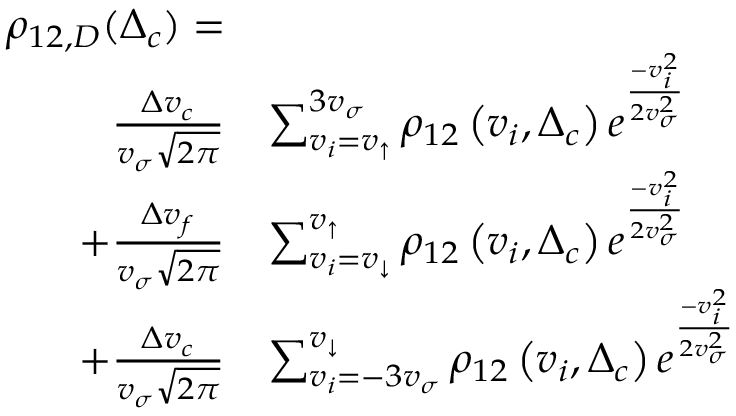
\begin{array} { r l } { \rho _ { 1 2 , D } ( \Delta _ { c } ) = } & { } \\ { ~ \frac { \Delta v _ { c } } { v _ { \sigma } \sqrt { 2 \pi } } } & { \sum _ { v _ { i } = v _ { \uparrow } } ^ { 3 v _ { \sigma } } \rho _ { 1 2 } \left( v _ { i } , \Delta _ { c } \right) e ^ { \frac { - v _ { i } ^ { 2 } } { 2 v _ { \sigma } ^ { 2 } } } } \\ { + \frac { \Delta v _ { f } } { v _ { \sigma } \sqrt { 2 \pi } } } & { \sum _ { v _ { i } = v _ { \downarrow } } ^ { v _ { \uparrow } } \rho _ { 1 2 } \left( v _ { i } , \Delta _ { c } \right) e ^ { \frac { - v _ { i } ^ { 2 } } { 2 v _ { \sigma } ^ { 2 } } } } \\ { + \frac { \Delta v _ { c } } { v _ { \sigma } \sqrt { 2 \pi } } } & { \sum _ { v _ { i } = - 3 v _ { \sigma } } ^ { v _ { \downarrow } } \rho _ { 1 2 } \left( v _ { i } , \Delta _ { c } \right) e ^ { \frac { - v _ { i } ^ { 2 } } { 2 v _ { \sigma } ^ { 2 } } } } \end{array}